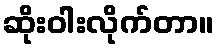
ဆိုးဝါးလိုက်တာ။